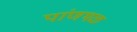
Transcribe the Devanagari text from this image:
पांणथळ